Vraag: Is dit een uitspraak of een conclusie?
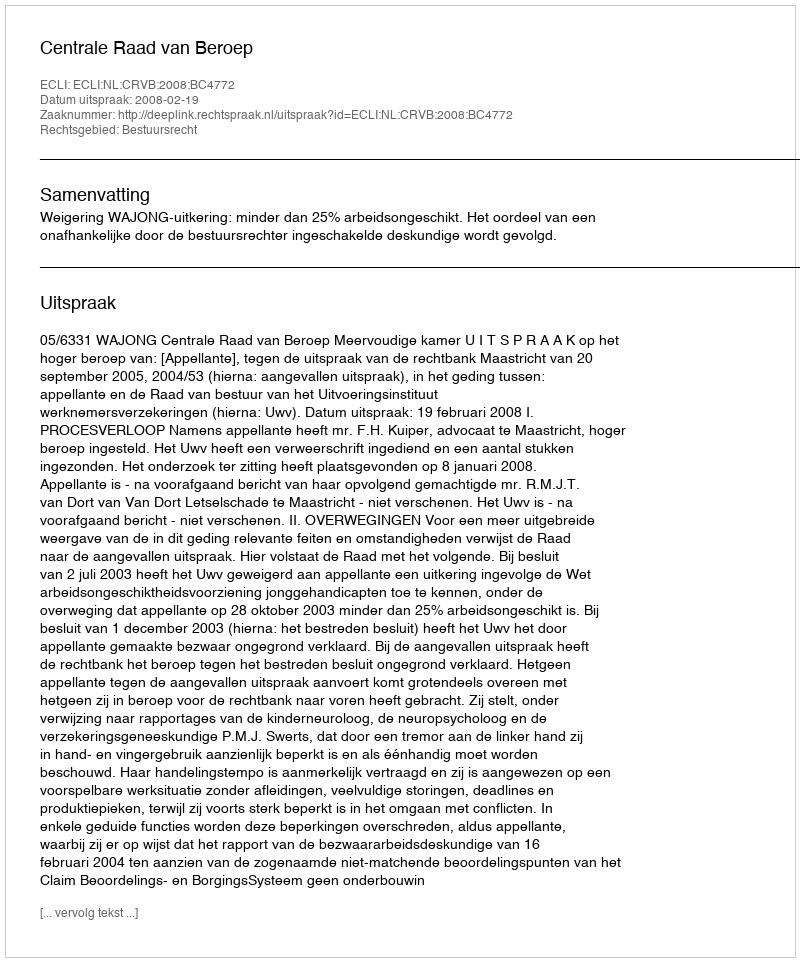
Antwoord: Uitspraak